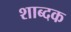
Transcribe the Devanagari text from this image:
शाब्दक